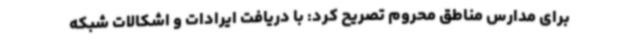
برای مدارس مناطق محروم تصریح کرد: با دریافت ایرادات و اشکالات شبکه